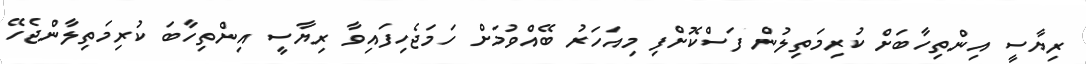
ރިޔާސީ އިންތިހާބަށް ކުރިމަތިލުން ފަސްކޮށްފި މިއަހަރު ބޭއްވުމަށް ހަމަޖެހިފައިވާ ރިޔާސީ އިންތިހާބަ ކުރިމަތިލާންޖެހޭ